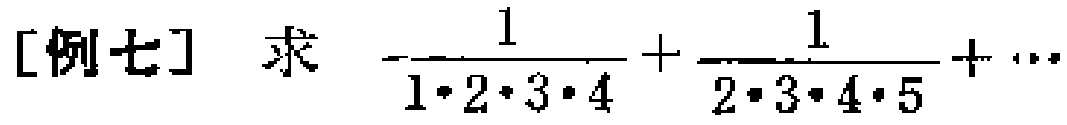
[例七] 求 \(\frac{1}{1\cdot2\cdot3\cdot4}+\frac{1}{2\cdot3\cdot4\cdot5}+\cdots\)